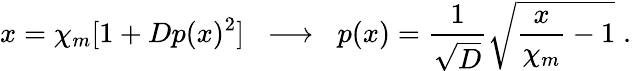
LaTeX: x=\chi_{m}[1+Dp(x)^{2}]\; \; \longrightarrow\; \; p(x)=\frac{1}{\sqrt{D}}\sqrt{\frac{x}{\chi_{m}}-1}\; .